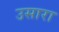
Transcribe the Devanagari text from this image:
उसारा